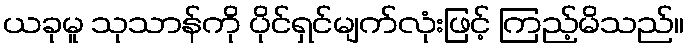
ယခုမူ သုသာန်ကို ပိုင်ရှင်မျက်လုံးဖြင့် ကြည့်မိသည်။